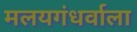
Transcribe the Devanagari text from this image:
मलयगंधर्वाला